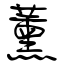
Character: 薰